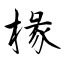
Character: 椽